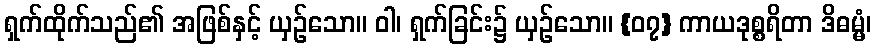
ရှက်ထိုက်သည်၏ အဖြစ်နှင့် ယှဉ်သော။ ဝါ၊ ရှက်ခြင်း၌ ယှဉ်သော။ {၀၇} ကာယဒုစ္စရိတာ ဒိဓမ္မံ၊